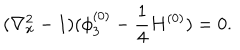
( \nabla _ { x } ^ { 2 } - 1 ) ( \phi _ { 3 } ^ { ( 0 ) } - \frac { 1 } { 4 } H ^ { ( 0 ) } ) = 0 .